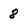
Character: 8